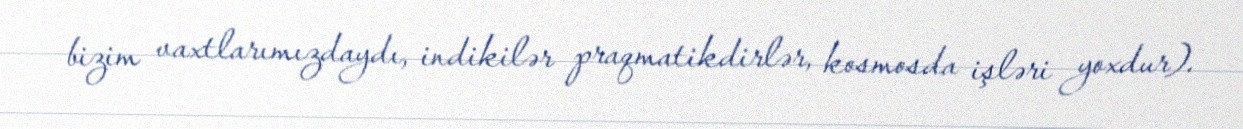
bizim vaxtlarımızdaydı, indikilər praqmatikdirlər, kosmosda işləri yoxdur).